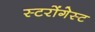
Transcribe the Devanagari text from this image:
स्टरोंगेस्ट